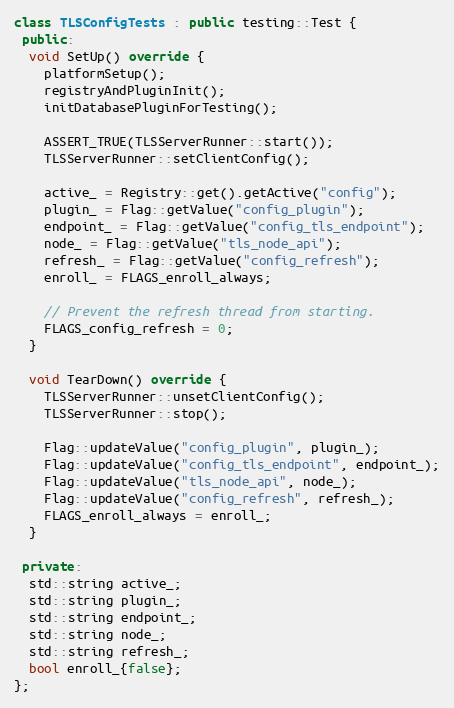
Language: C++
class TLSConfigTests : public testing::Test {
 public:
  void SetUp() override {
    platformSetup();
    registryAndPluginInit();
    initDatabasePluginForTesting();

    ASSERT_TRUE(TLSServerRunner::start());
    TLSServerRunner::setClientConfig();

    active_ = Registry::get().getActive("config");
    plugin_ = Flag::getValue("config_plugin");
    endpoint_ = Flag::getValue("config_tls_endpoint");
    node_ = Flag::getValue("tls_node_api");
    refresh_ = Flag::getValue("config_refresh");
    enroll_ = FLAGS_enroll_always;

    // Prevent the refresh thread from starting.
    FLAGS_config_refresh = 0;
  }

  void TearDown() override {
    TLSServerRunner::unsetClientConfig();
    TLSServerRunner::stop();

    Flag::updateValue("config_plugin", plugin_);
    Flag::updateValue("config_tls_endpoint", endpoint_);
    Flag::updateValue("tls_node_api", node_);
    Flag::updateValue("config_refresh", refresh_);
    FLAGS_enroll_always = enroll_;
  }

 private:
  std::string active_;
  std::string plugin_;
  std::string endpoint_;
  std::string node_;
  std::string refresh_;
  bool enroll_{false};
};